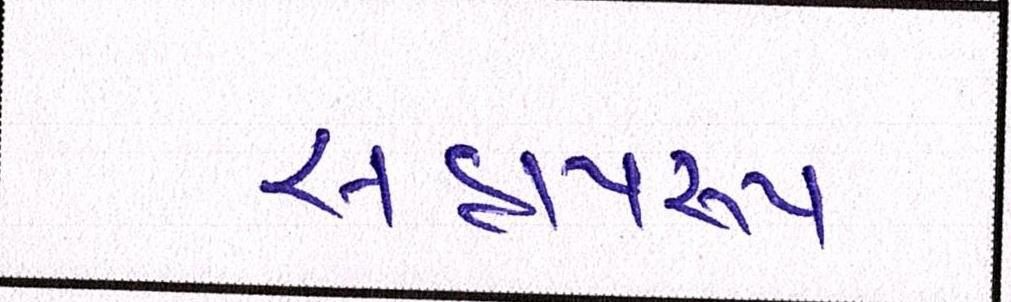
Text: સહાયરૃપ